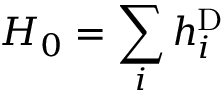
H _ { 0 } = \sum _ { i } h _ { i } ^ { \mathrm { D } }